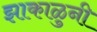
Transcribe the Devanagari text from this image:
झाकाळुनी